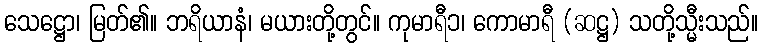
သေဋ္ဌော၊ မြတ်၏။ ဘရိယာနံ၊ မယားတို့တွင်။ ကုမာရီ၁၊ ကောမာရီ (ဆဋ္ဌ) သတို့သ္မီးသည်။